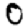
Digit: 0